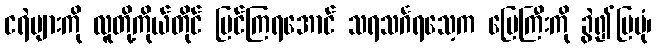
ငရဲများကို လူတို့ကိုယ်တိုင် မြင်ကြရအောင် သရသင်္ဂရသေ့က မြေကြီးကို ခွဲ၍ပြပုံ၊